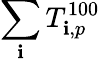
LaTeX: \sum_{\mathbf{i}}T_{\mathbf{i},p}^{100}